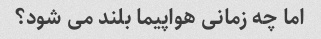
اما چه زمانی هواپیما بلند می شود؟